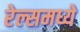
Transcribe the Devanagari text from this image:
रेल्समध्ये